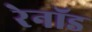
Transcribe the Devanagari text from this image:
रेनॉड